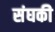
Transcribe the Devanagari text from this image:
संघकी